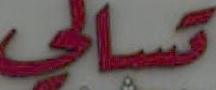
تسالي